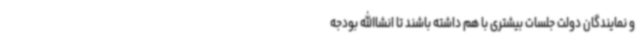
و نمایندگان دولت جلسات بیشتری با هم داشته باشند تا انشاالله بودجه